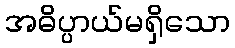
အဓိပ္ပာယ်မရှိသော